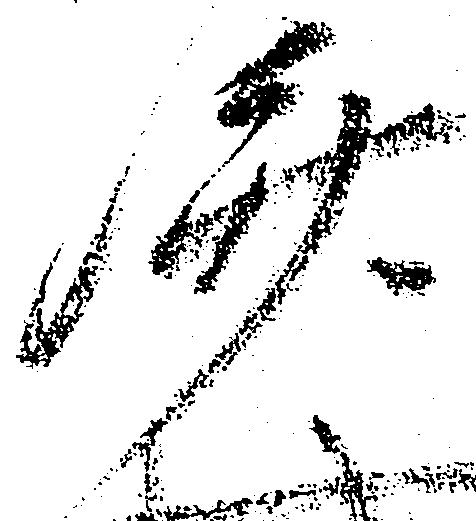
済